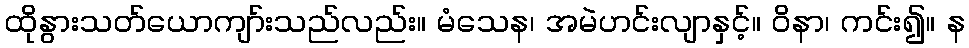
ထိုနွားသတ်ယောကျာ်းသည်လည်း။ မံသေန၊ အမဲဟင်းလျာနှင့်။ ဝိနာ၊ ကင်း၍။ န